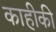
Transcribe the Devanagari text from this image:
काहीकी